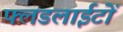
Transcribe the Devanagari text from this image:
फ्लडलाईटों